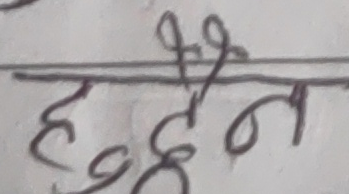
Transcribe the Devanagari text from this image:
हदैन